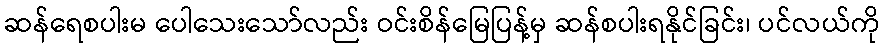
ဆန်ရေစပါးမ ပေါသေးသော်လည်း ဝင်းစိန်မြေပြန့်မှ ဆန်စပါးရနိုင်ခြင်း၊ ပင်လယ်ကို